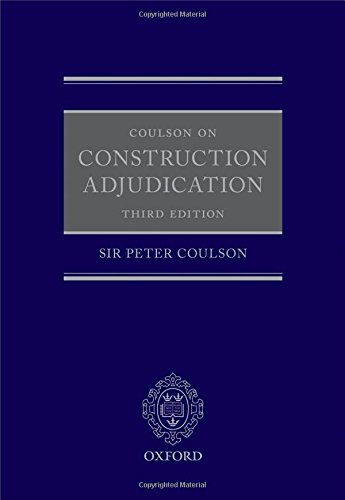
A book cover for Coulson on Construction Adjudication; Peter Coulson QC; Law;